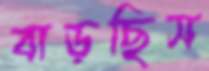
বাড়ছিস